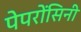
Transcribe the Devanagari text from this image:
पेपरोंसिनी